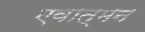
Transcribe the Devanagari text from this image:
एवात्मन